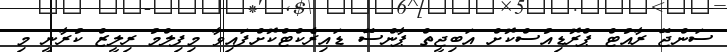
ސަންޖޭ ރާއުޓް ޕްރޮޑިއުސްކޮށް އަބިޖީތް ޕާންސޭ ޑައިރެކްޓްކޮށްފައިވާ މިފިލްމު ރިލީޒް ކުރާނީ މި